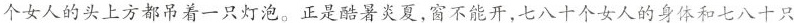
个女人的头上方都吊着一只灯泡。正是酷暑炎夏，窗不能开，七八十个女人的身体和七八十只